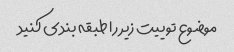
موضوع توییت زیر را طبقه بندی کنید